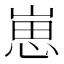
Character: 崽